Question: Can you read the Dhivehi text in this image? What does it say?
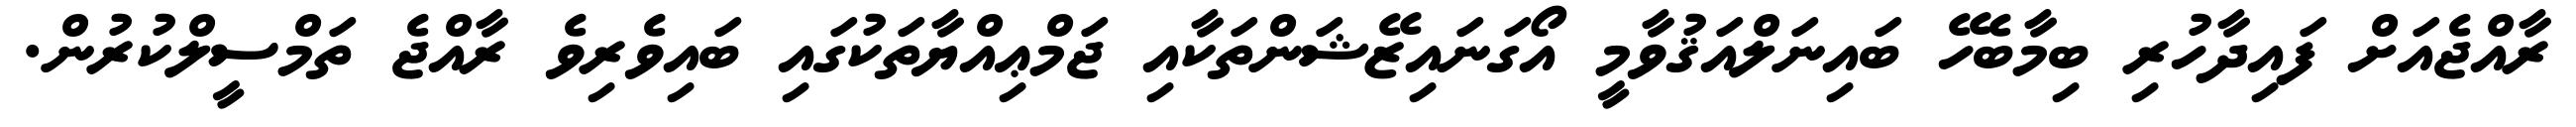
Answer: ރާއްޖެއަށް ފައިދާހުރި ބިމާބެހޭ ބައިނަލްއަޤުވާމީ އޯގަނައިޒޭޝަންތަކާއި ޖަމްޢިއްޔާތަކުގައި ބައިވެރިވެ ރާއްޖެ ތަމްސީލްކުރުން.